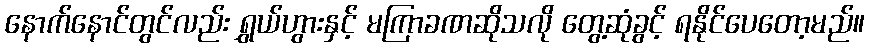
နောက်နောင်တွင်လည်း ရွှယ်ဟွားနှင့် မကြာခဏဆိုသလို တွေ့ဆုံခွင့် ရနိုင်ပေတော့မည်။